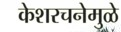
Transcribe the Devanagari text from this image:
केशरचनेमुळे